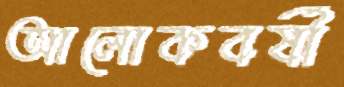
আলোকবর্ষী